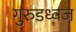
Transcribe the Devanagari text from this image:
गुरुडध्वज